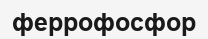
феррофосфор